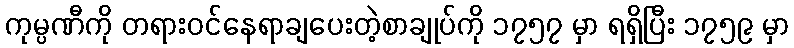
ကုမ္ပဏီကို တရားဝင်နေရာချပေးတဲ့စာချုပ်ကို ၁၇၅၇ မှာ ရရှိပြီး ၁၇၅၉ မှာ